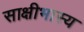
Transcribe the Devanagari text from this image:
साक्षीभास्य